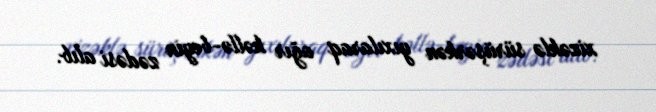
xizəklə sürüşərkən yıxılaraq ağır kəllə-beyin zədəsi alıb.